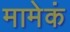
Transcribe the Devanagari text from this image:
मामेकं